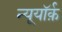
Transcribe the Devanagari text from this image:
न्यूयॉर्क़